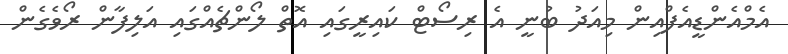
އެމްއެެންޑީއެފްއިން މިއަދު ބުނީ އެ ރިސޯޓް ކައިރީގައި އޮތް ލޯންޗެއްގައި އަލިފާން ރޯވެގެން